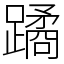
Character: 蹫